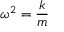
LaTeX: \omega ^ { 2 } = { \frac { k } { m } }